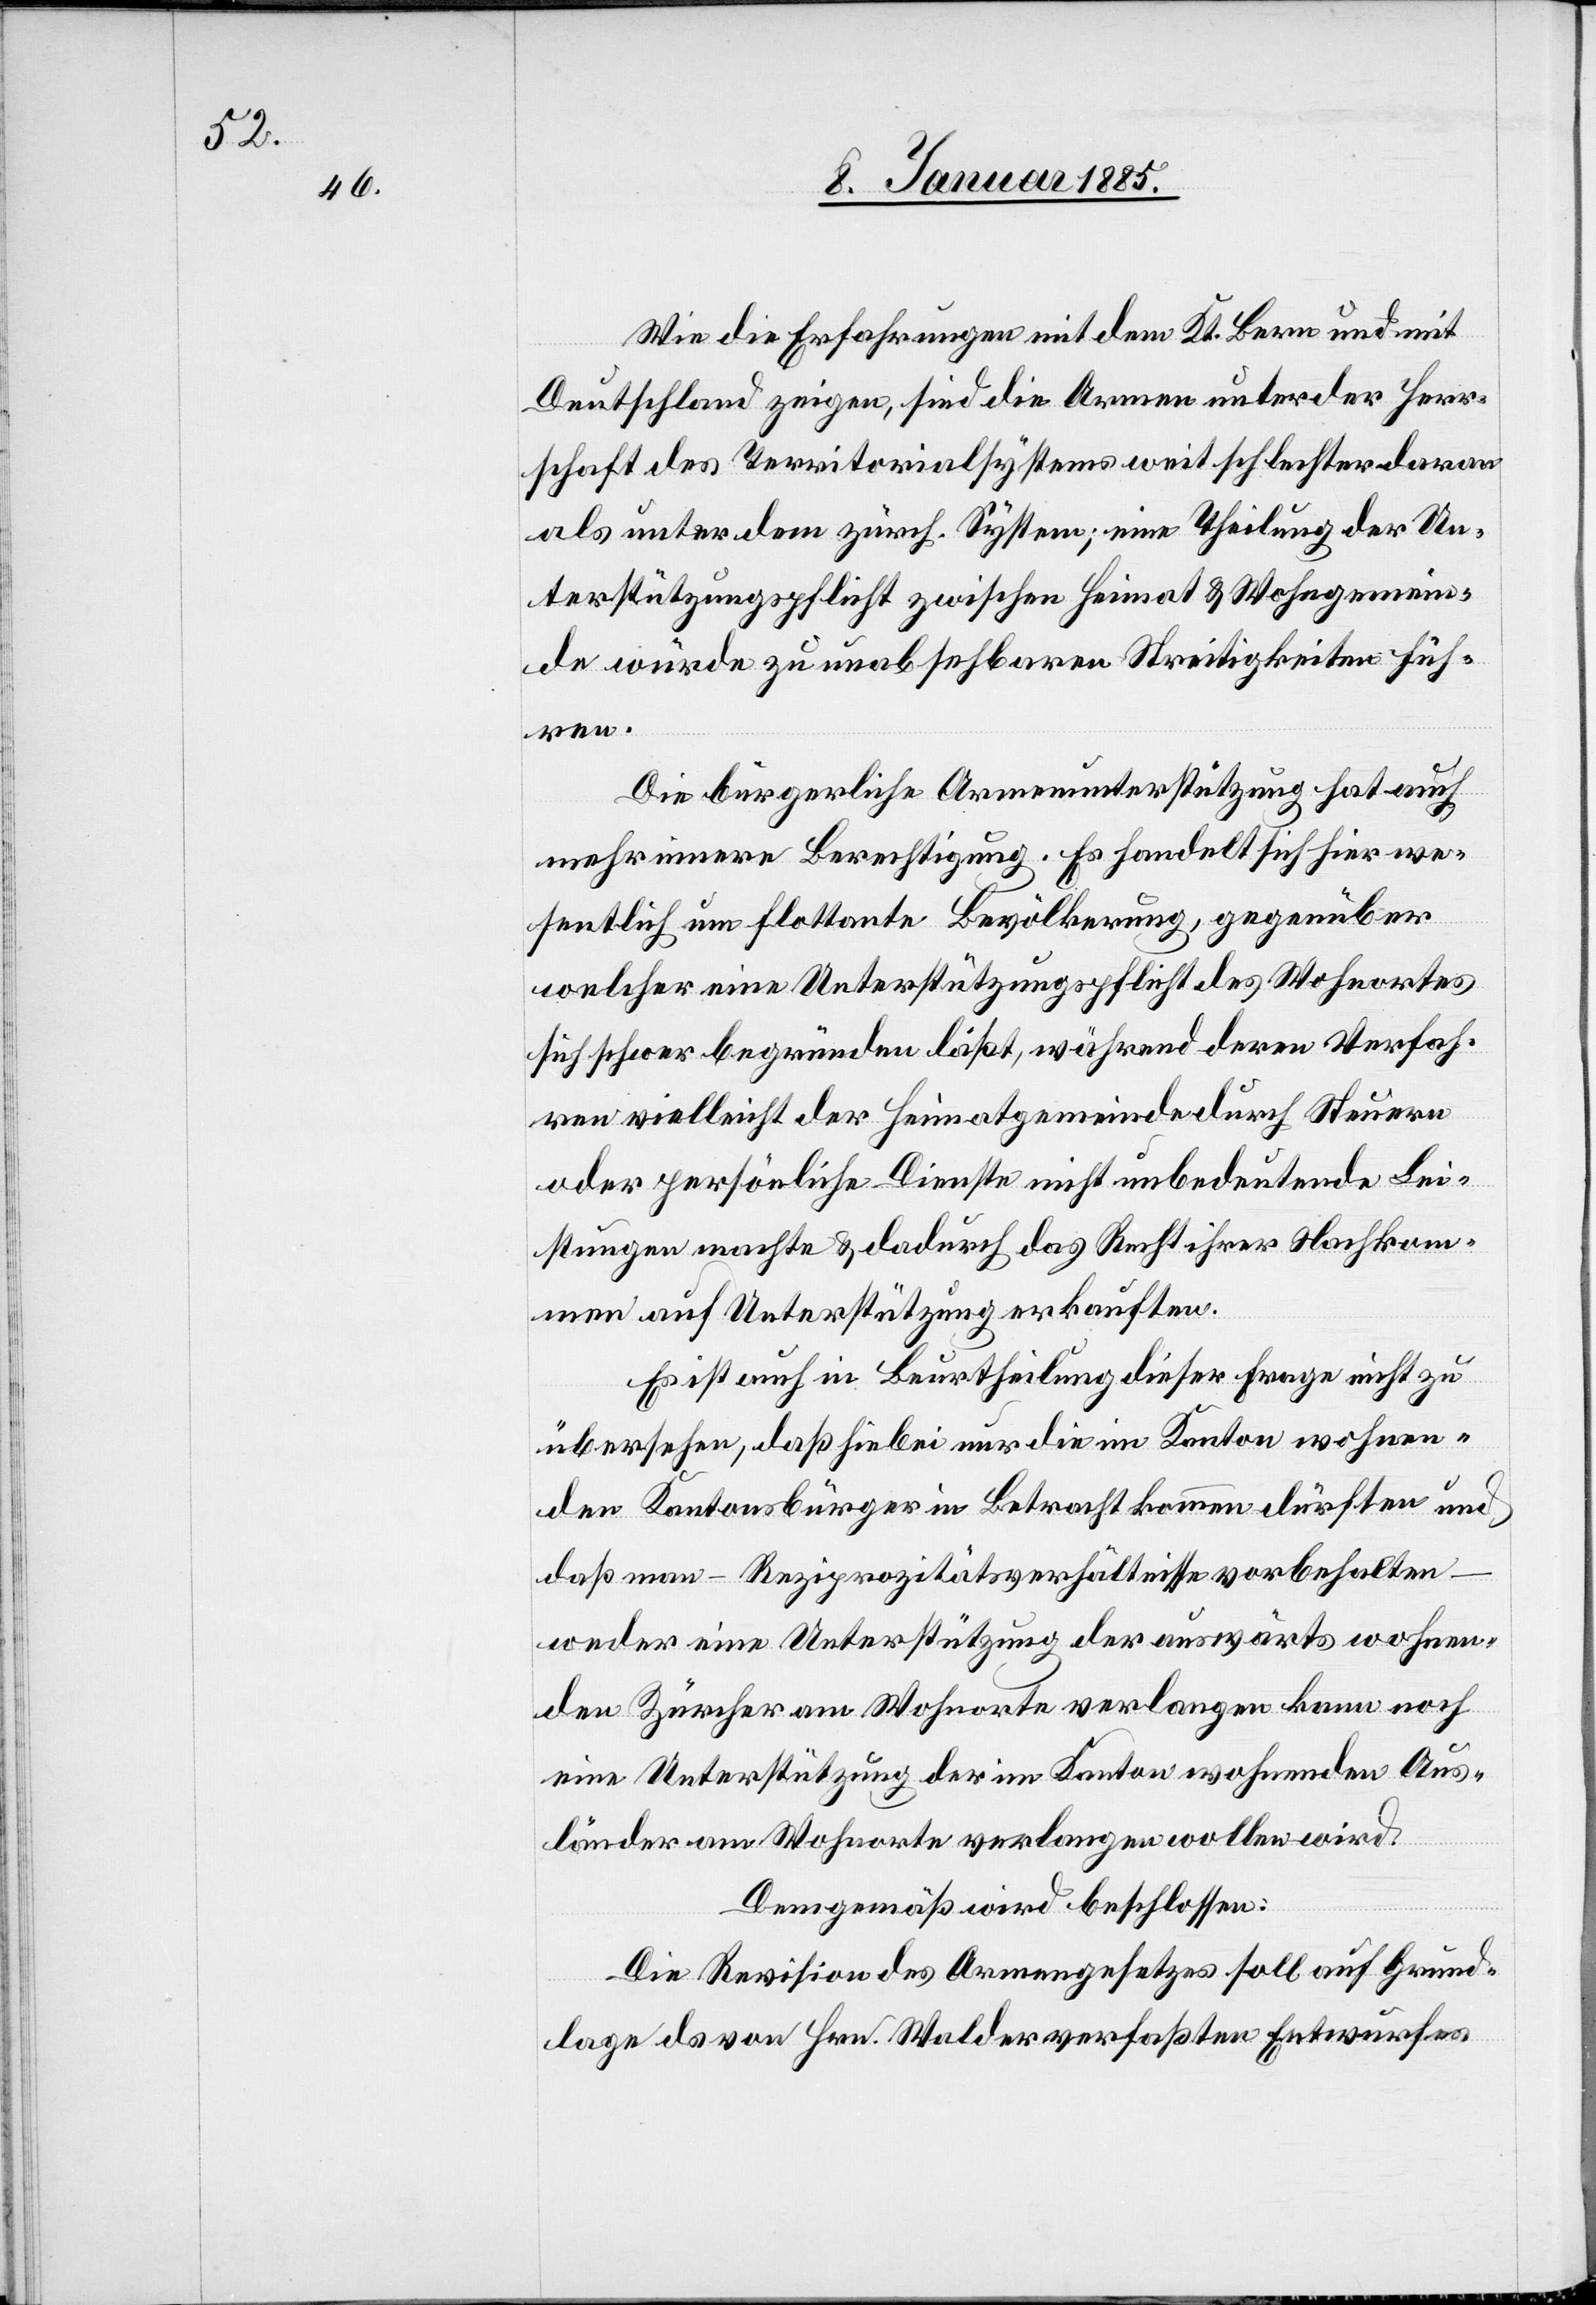
Wie die Erfahrungen mit Kt. Bern und mit
Deutschland zeigen, sind die Armen unter der Herr¬
schaft des Territorialsystems weit schlechter daran
als unter dem zürch. System; eine Theilung der Un¬
terstützungspflicht zwischen Heimat & Wohngemein¬
de würde zu unabsehbaren Streitigkeiten füh¬
ren.
Die bürgerliche Armenunterstützung hat auch
mehr innere Berechtigung. Es handelt sich hier we¬
sentlich um flottante Bevölkerung, gegenüber
welcher eine Unterstützungspflicht des Wohnortes
sich schwer begründen läßt, während deren Verfah¬
ren vielleicht der Heimatgemeinde durch Steuern
oder persönliche Dienste nicht unbedeutende Lei¬
stungen machte & dadurch das Recht ihrer Nachkom¬
men auf Unterstützung erkauften.
Es ist auch in Beurtheilung dieser Frage nicht zu
übersehen, daß hiebei nur die im Kanton wohnen¬
den Kantonsbürger in Betracht kommen dürften und
daß man – Reziprozitätsverhältnisse vorbehalten
weder eine Unterstützung der auswärts wohnen¬
den Zürcher am Wohnorte verlangen kann noch
eine Unterstützung der im Kanton wohnenden Aus¬
länder am Wohnorte verlangen wollen wird.
Demgemäß wird beschlossen:
Die Revision des Armengesetzes soll auf Grund¬
lage d[e]s von Hrn. Walder verfaßten Entwurfes